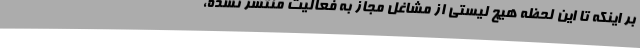
بر اینکه تا این لحظه هیچ لیستی از مشاغل مجاز به فعالیت منتشر نشده،